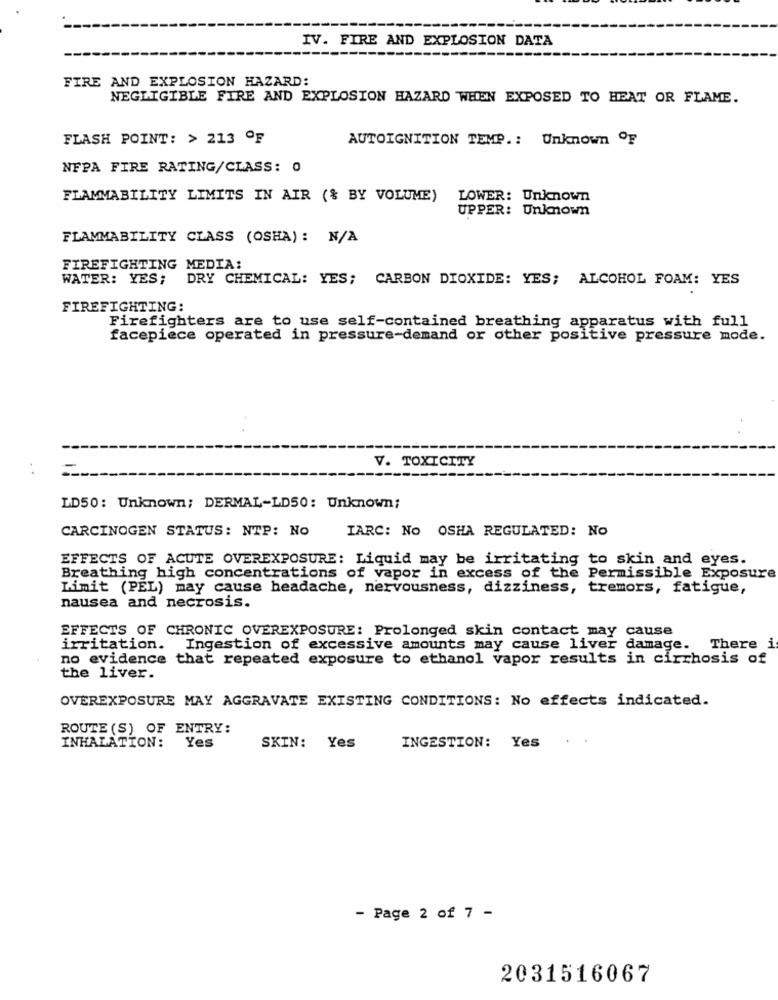
IV. FIRE AND EXPLOSION DATA
FIRE AND EXPLOSION HAZARD:
NEGLIGIBLE FIRE AND EXPLOSION HAZARD WHEN EXPOSED TO HEAT OR FLAME.
FLASH POINT: > 213 OF
AUTOIGNITION TEMP .: Unknown OF
NFPA FIRE RATING/CLASS: 0
FLAMMABILITY LIMITS IN AIR (& BY VOLUME)
LOWER: Unknown
UPPER: Unknown
FLAMMABILITY CLASS (OSHA): N/A
FIREFIGHTING MEDIA:
WATER: YES;
DRY CHEMICAL: YES; CARBON DIOXIDE: YES; ALCOHOL FOAM: YES
FIREFIGHTING:
Firefighters are to use self-contained breathing apparatus with full
facepiece operated in pressure-demand or other positive pressure mode.
V. TOXICITY
. .
LD50: Unknown; DERMAL-LD50: Unknown;
CARCINOGEN STATUS: NTP: No
IARC: NO OSHA REGULATED: NO
EFFECTS OF ACUTE OVEREXPOSURE: Liquid may be irritating to skin and eyes.
Breathing high concentrations of vapor in excess of the Permissible Exposure
Limit (PEL) may cause headache, nervousness, dizziness, tremors, fatigue,
nausea and necrosis.
EFFECTS OF CHRONIC OVEREXPOSURE: Prolonged skin contact may cause
irritation. Ingestion of excessive amounts may cause liver damage. There i
no evidence that repeated exposure to ethanol vapor results in cirrhosis of
the liver.
OVEREXPOSURE MAY AGGRAVATE EXISTING CONDITIONS: No effects indicated.
ROUTE (S) OF ENTRY:
..
INHALATION: Yes
SKIN: Yes
INGESTION: Yes
- Page 2 of 7 -
2031516067